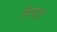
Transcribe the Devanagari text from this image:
पिपड़ा